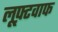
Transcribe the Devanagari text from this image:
लूफ़्टवाफ